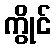
ကွိုင်